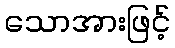
သောအားဖြင့်